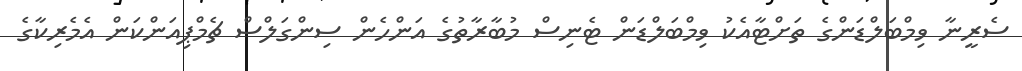
ސެރީނާ ވިމްބަލްޑަންގެ ތަށްޓާއެކު ވިމްބަލްޑަން ޓެނިސް މުބާރާތުގެ އަންހެން ސިންގަލްސް ޗެމްޕިއަންކަން އެމެރިކާގެ